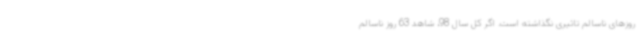
روزهای ناسالم تاثیری نگذاشته است. اگر کل سال 98، شاهد 63 روز ناسالم